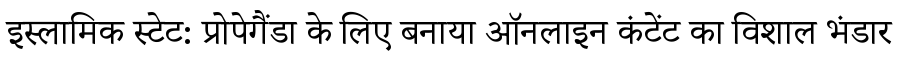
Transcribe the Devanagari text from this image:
इस्लामिक स्टेट: प्रोपेगैंडा के लिए बनाया ऑनलाइन कंटेंट का विशाल भंडार